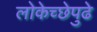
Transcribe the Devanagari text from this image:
लोकेच्छेपुढे